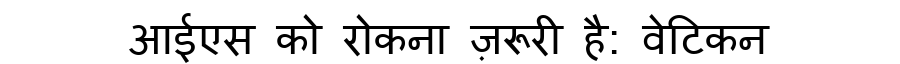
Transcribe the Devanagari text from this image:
आईएस को रोकना ज़रूरी है: वेटिकन